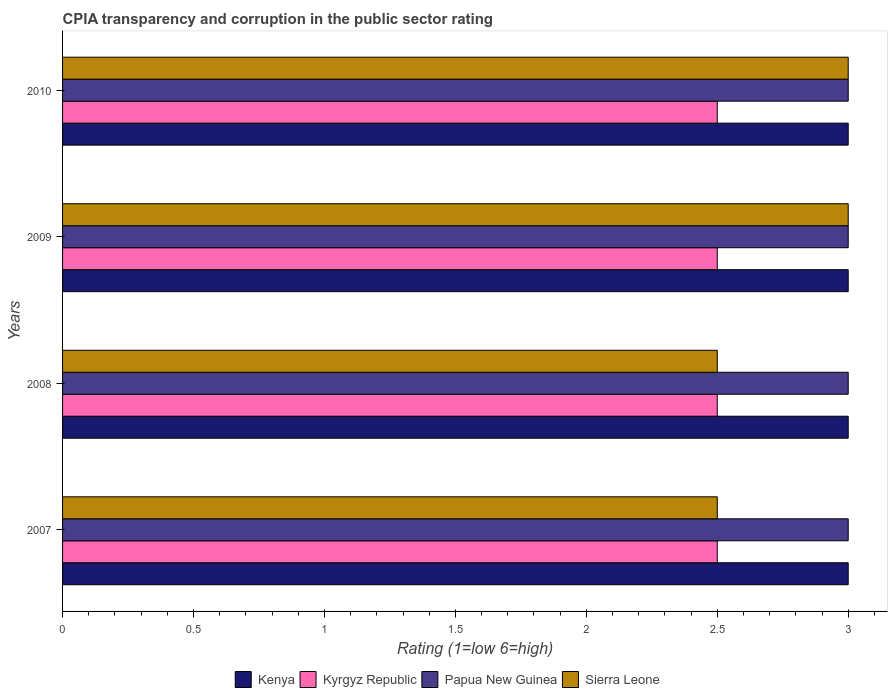
| Years | Kenya | Kyrgyz Republic | Papua New Guinea | Sierra Leone |
 | --- | --- | --- | --- | --- |
 | 2007 | 3 | 2.5 | 3 | 2.5 |
 | 2008 | 3 | 2.5 | 3 | 2.5 |
 | 2009 | 3 | 2.5 | 3 | 3 |
 | 2010 | 3 | 2.5 | 3 | 3 |